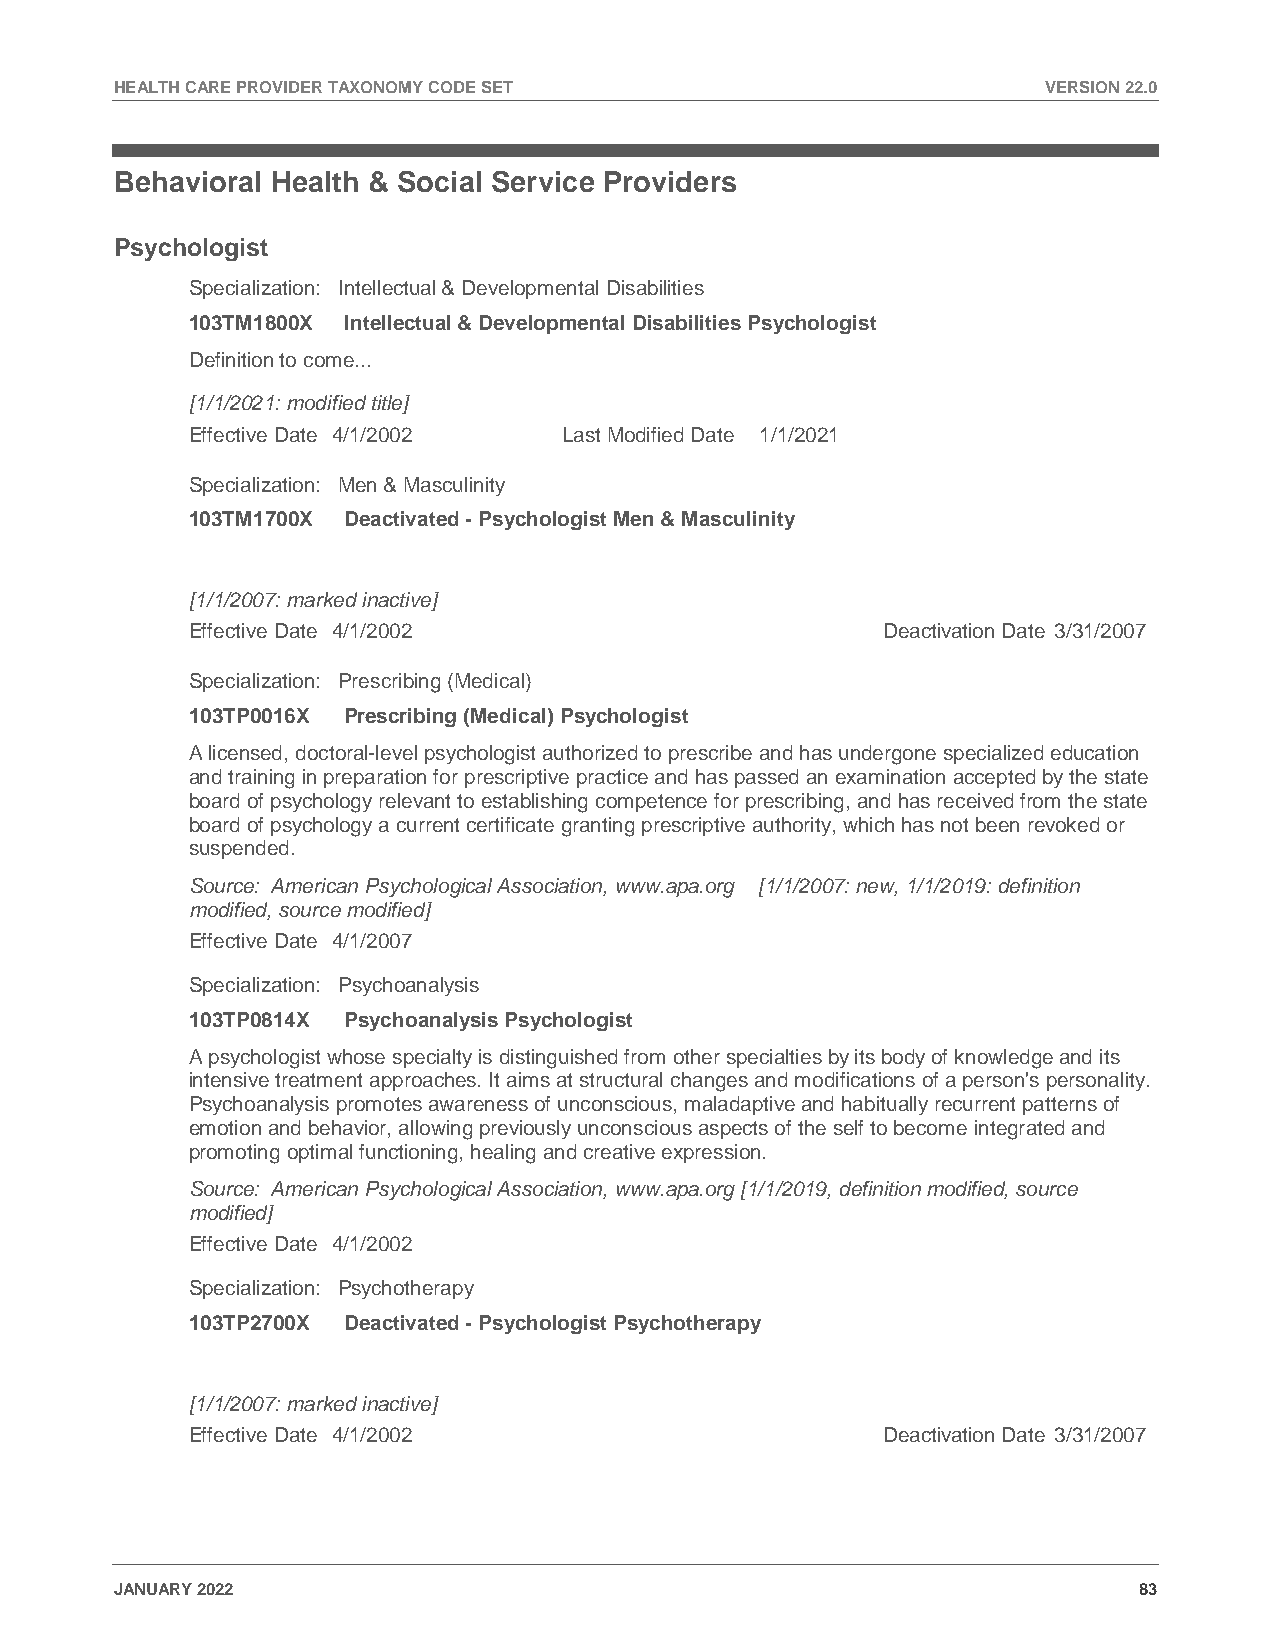
HEALTH CARE PROVIDER TAXONOMY CODE SET                       VERSION 22.0
 Behavioral Health & Social Service Providers
 Psychologist
 Specialization: Intellectual & Developmental Disabilities
 103TM1800X Intellectual & Developmental Disabilities Psychologist
 Definition to come...
 [1/1/2021: modified title]
 Effective Date 4/1/2002  Last Modified Date 1/1/2021
 Specialization: Men & Masculinity
 103TM1700X Deactivated - Psychologist Men & Masculinity
 [1/1/2007: marked inactive]
 Effective Date 4/1/2002                       Deactivation Date 3/31/2007
 Specialization: Prescribing (Medical)
 103TP0016X Prescribing (Medical) Psychologist
 A licensed, doctoral-level psychologist authorized to prescribe and has undergone specialized education
 and training in preparation for prescriptive practice and has passed an examination accepted by the state
 board of psychology relevant to establishing competence for prescribing, and has received from the state
 board of psychology a current certificate granting prescriptive authority, which has not been revoked or
 suspended.
 Source: American Psychological Association, www.apa.org [1/1/2007: new, 1/1/2019: definition
 modified, source modified]
 Effective Date 4/1/2007
 Specialization: Psychoanalysis
 103TP0814X Psychoanalysis Psychologist
 A psychologist whose specialty is distinguished from other specialties by its body of knowledge and its
 intensive treatment approaches. It aims at structural changes and modifications of a person's personality.
 Psychoanalysis promotes awareness of unconscious, maladaptive and habitually recurrent patterns of
 emotion and behavior, allowing previously unconscious aspects of the self to become integrated and
 promoting optimal functioning, healing and creative expression.
 Source: American Psychological Association, www.apa.org [1/1/2019, definition modified, source
 modified]
 Effective Date 4/1/2002
 Specialization: Psychotherapy
 103TP2700X Deactivated - Psychologist Psychotherapy
 [1/1/2007: marked inactive]
 Effective Date 4/1/2002                       Deactivation Date 3/31/2007
 JANUARY 2022                                                       83